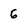
Character: 6